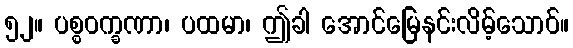
၅၂။ ပစ္စဝက္ခဏာ၊ ပထမာ၊ ဤခါ အောင်မြေနင်းလိမ့်သောဝ်။